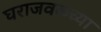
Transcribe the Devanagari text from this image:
घराजवळच्या